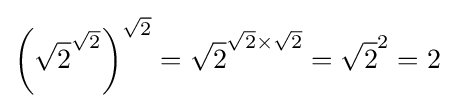
\left({\sqrt {2}}^{\sqrt {2}}\right)^{\sqrt {2}}={\sqrt {2}}^{{\sqrt {2}}\times {\sqrt {2}}}={\sqrt {2}}^{2}=2